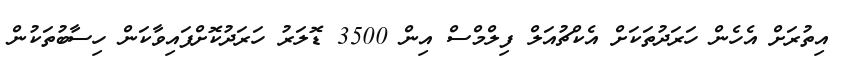
އިތުރަށް އެެހެން ހަރަދުތަކަށް އެކްޗުއަލް ފިލްމްސް އިން 3500 ޑޮލަރު ހަރަދުކޮށްފައިވާކަން ހިސާބުތަކުން